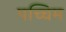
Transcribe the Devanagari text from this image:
पच्चिम